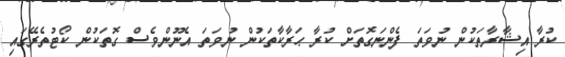
ކުރާ އިޝާރާތަކުން ނުވަތަ ފެންނަގޮތަށް ކުރާ ޙަރާކާތަކުން ނުވަތަ އެނޫންވެސް ގޮތަކުން ކޯޓުތެރޭގައި